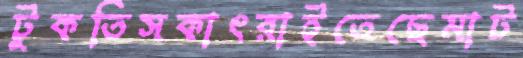
টুকতিসকাৎরাইতেছেমাট